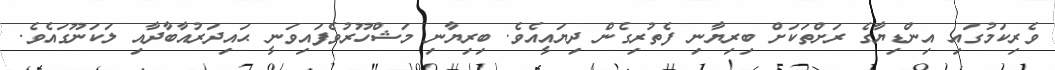
ވެރިކަމުގައި އިންޑިޔާގެ ރަށްތަކަށް ބިރިޔާނި ފެތުރިގެން ދިޔައީއެވެ. ބިރިޔާނި މަޝްހޫރުވެފައިވަނީ ޙައިދަރުއާބާދާއި ލަކަނޫގައެވެ.